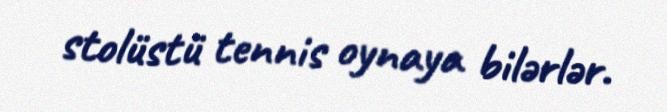
stolüstü tennis oynaya bilərlər.